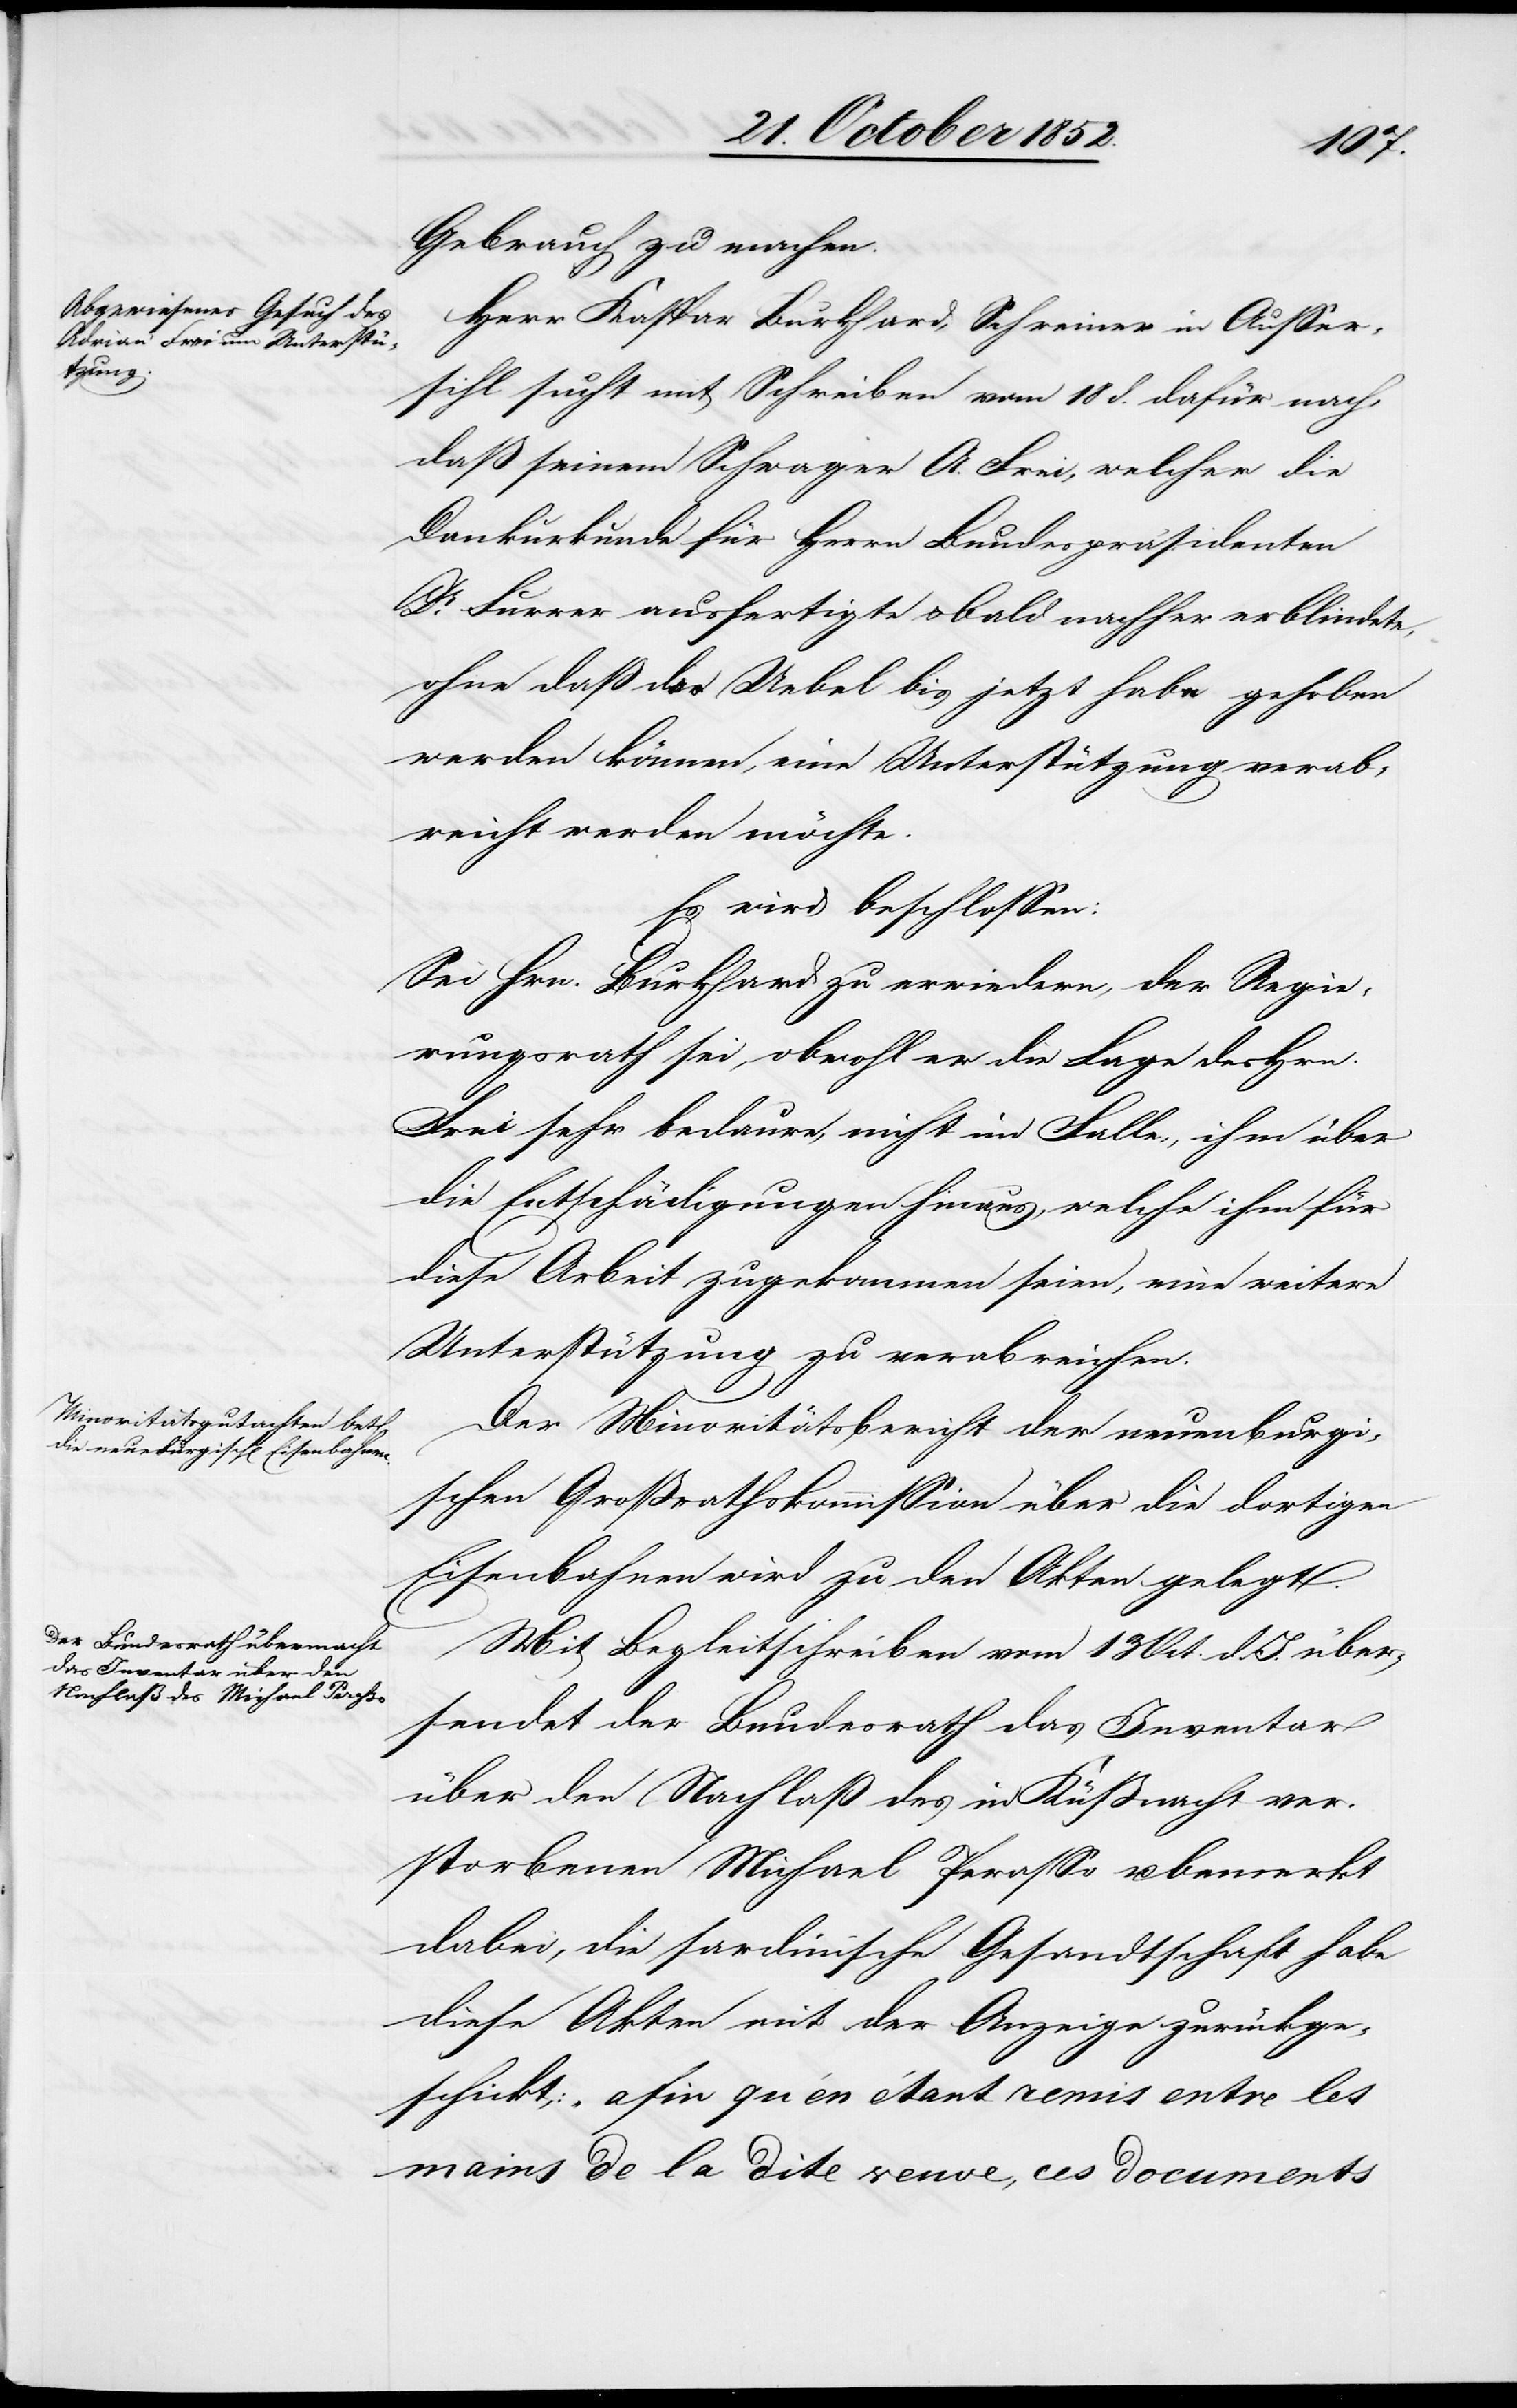
Gebrauch zu machen.
Herr Kaspar Burkhard, Schreiner in Ausser¬
sihl sucht mit Schreiben vom 18 d. dafür nach,
daß seinem Schwager A. Frei, welcher die
Dankurkunde für Herrn Bundespräsidenten
Dr. Furrer ausfertigte & bald nachher erblindete,
ohne daß das Uebel bis jetzt habe gehoben
werden können, eine Unterstützung verab¬
reicht werden möchte.
Es wird beschlossen:
Sei Hrn. Burkhard zu erwiedern, der Regie¬
rungsrath sei, obwohl er die Lage des Hrn.
Frei sehr bedaure, nicht im Falle, ihm über
die Entschädigungen hinaus, welche ihm für
diese Arbeit zugekommen seien, eine weitere
Unterstützung zu verabreichen.
Der Minoritätsbericht der neuenburgi¬
schen Großrathskommission über die dortigen
Eisenbahnen wird zu den Akten gelegt.
Mit Begleitschreiben vom 13 Oct. d. J. über¬
sendet der Bundesrath das Inventar
über den Nachlaß des in Küßnacht ver¬
storbenen Michael Perasso u. bemerkt
dabei, die sardinische Gesandtschaft habe
diese Akten mit der Anzeige zurückge¬
schickt: „afin qu’en étant remis entre les
mains de la dite venue, ces documents